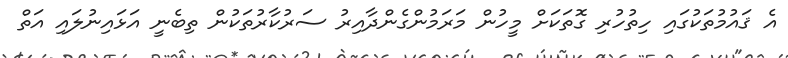
އެ ޤައުމުތަކުގައި ހިތުހުރި ގޮތަކަށް މީހުން މަރަމުންގެންދާއިރު ސަރުކާރުތަކުން ތިބެނީ އަޅައިނުލައި އަތް